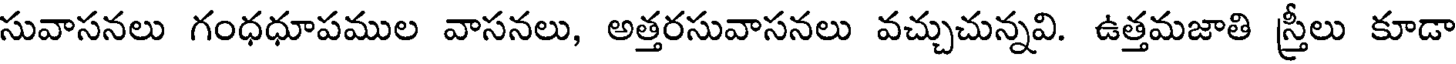
సువాసనలు గంధధూపముల వాసనలు, అత్తరసువాసనలు వచ్చుచున్నవి. ఉత్తమజాతి స్త్రీలు కూడా